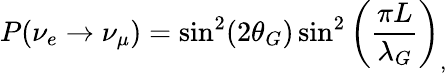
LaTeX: P(\nu_{e}\rightarrow\nu_{\mu})=\sin^{2}(2\theta_{G})\sin^{2}\left(\frac{\pi L}{\lambda_{G}}\right)_{,}